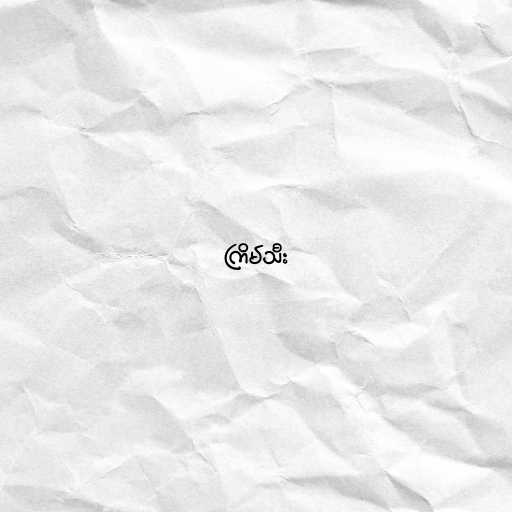
ကြိမ်သီး